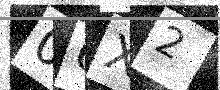
Text: 06X2